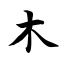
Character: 木